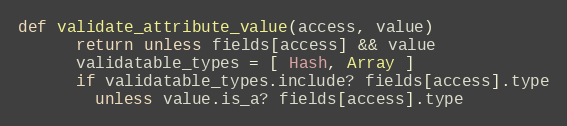
Language: Ruby
def validate_attribute_value(access, value)
      return unless fields[access] && value
      validatable_types = [ Hash, Array ]
      if validatable_types.include? fields[access].type
        unless value.is_a? fields[access].type